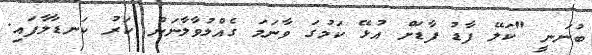
ބުނަނީ "ކަލޭ ފާޑު ފާޑަށް އުޅޭ ކަމުގަ ވާނަމަ ގެއްލުވާލާނަން ކަރު ކަނޑާލާފައި.